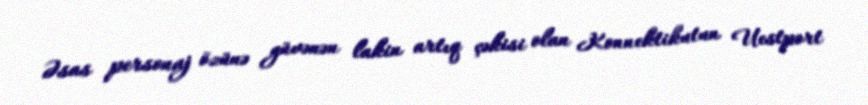
Əsas personaj özünə güvənən lakin artıq çəkisi olan Konnektikutun Uestport